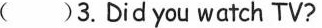
( )3.Did you watch TV?